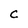
Character: C